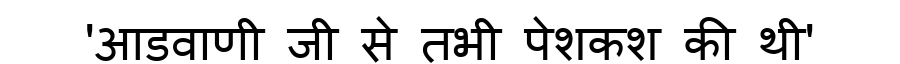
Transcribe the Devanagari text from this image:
'आडवाणी जी से तभी पेशकश की थी'